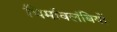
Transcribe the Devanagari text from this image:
धिर्मावलंबियों